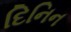
દિનિન